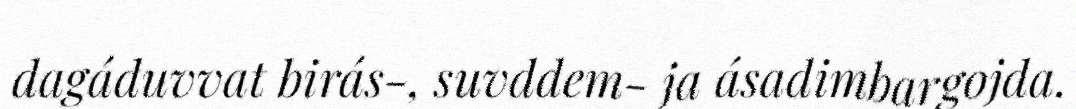
dagáduvvat birás-, suvddem- ja ásadimbargojda.